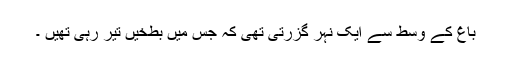
باغ کے وسط سے ایک نہر گزرتی تھی کہ جس میں بطخیں تیر رہی تھیں ۔